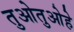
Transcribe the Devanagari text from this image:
तुओतुओहे